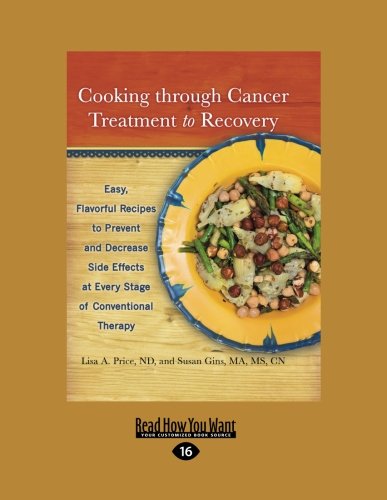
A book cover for Cooking through Cancer Treatment to Recovery: Easy, Flavorful Recipes to Prevent and Decrease Side Effects at Every Stage of Conventional Therapy; Lisa A. Price and Susan Gins; Cookbooks, Food & Wine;